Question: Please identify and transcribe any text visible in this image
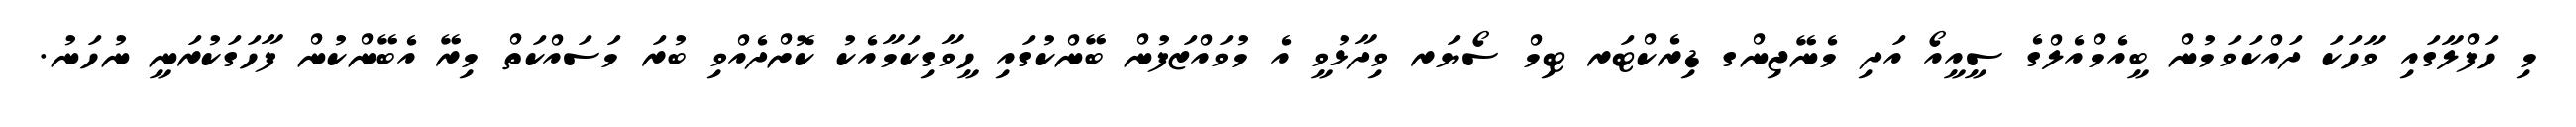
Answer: މި ހަފްލާގައި ވާހަކަ ދައްކަވަމުން ބީއެމްއެލްގެ ސީއީއޯ އަދި މެނޭޖިންގ ޑިރެކްޓަރ ޓިމް ސޯޔަރ ވިދާޅުވީ އެ މުވައްޒަފުން ބޭންކުގައި ހީވާގިކަމާއެކު ކޮށްދެއްވި ބުރަ މަސައްކަތް މިރޭ އެބޭންކުން ފާހަގަކުރަނީ ނުހަނު.